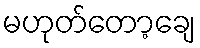
မဟုတ်တော့ချေ